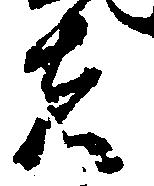
者